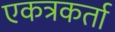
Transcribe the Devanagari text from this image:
एकत्रकर्ता